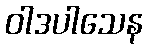
ဝါဒပါသေန